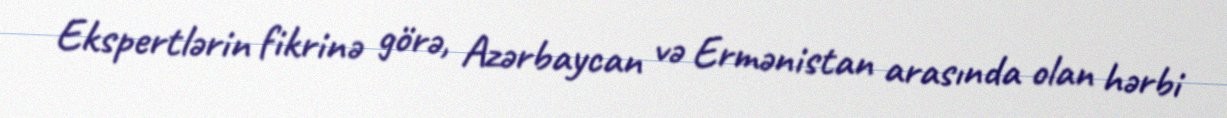
Ekspertlərin fikrinə görə, Azərbaycan və Ermənistan arasında olan hərbi